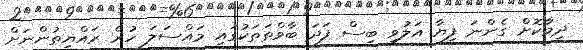
ދިމާކޮށް ގެންނަ ފިޔާ އަލުވި ބިސް ފަދަ ބާވްތަތަކުގައި މައްސަލަ ހުރެ ރައްޔިތުންނަށް